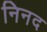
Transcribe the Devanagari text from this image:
निनद